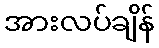
အားလပ်ချိန်